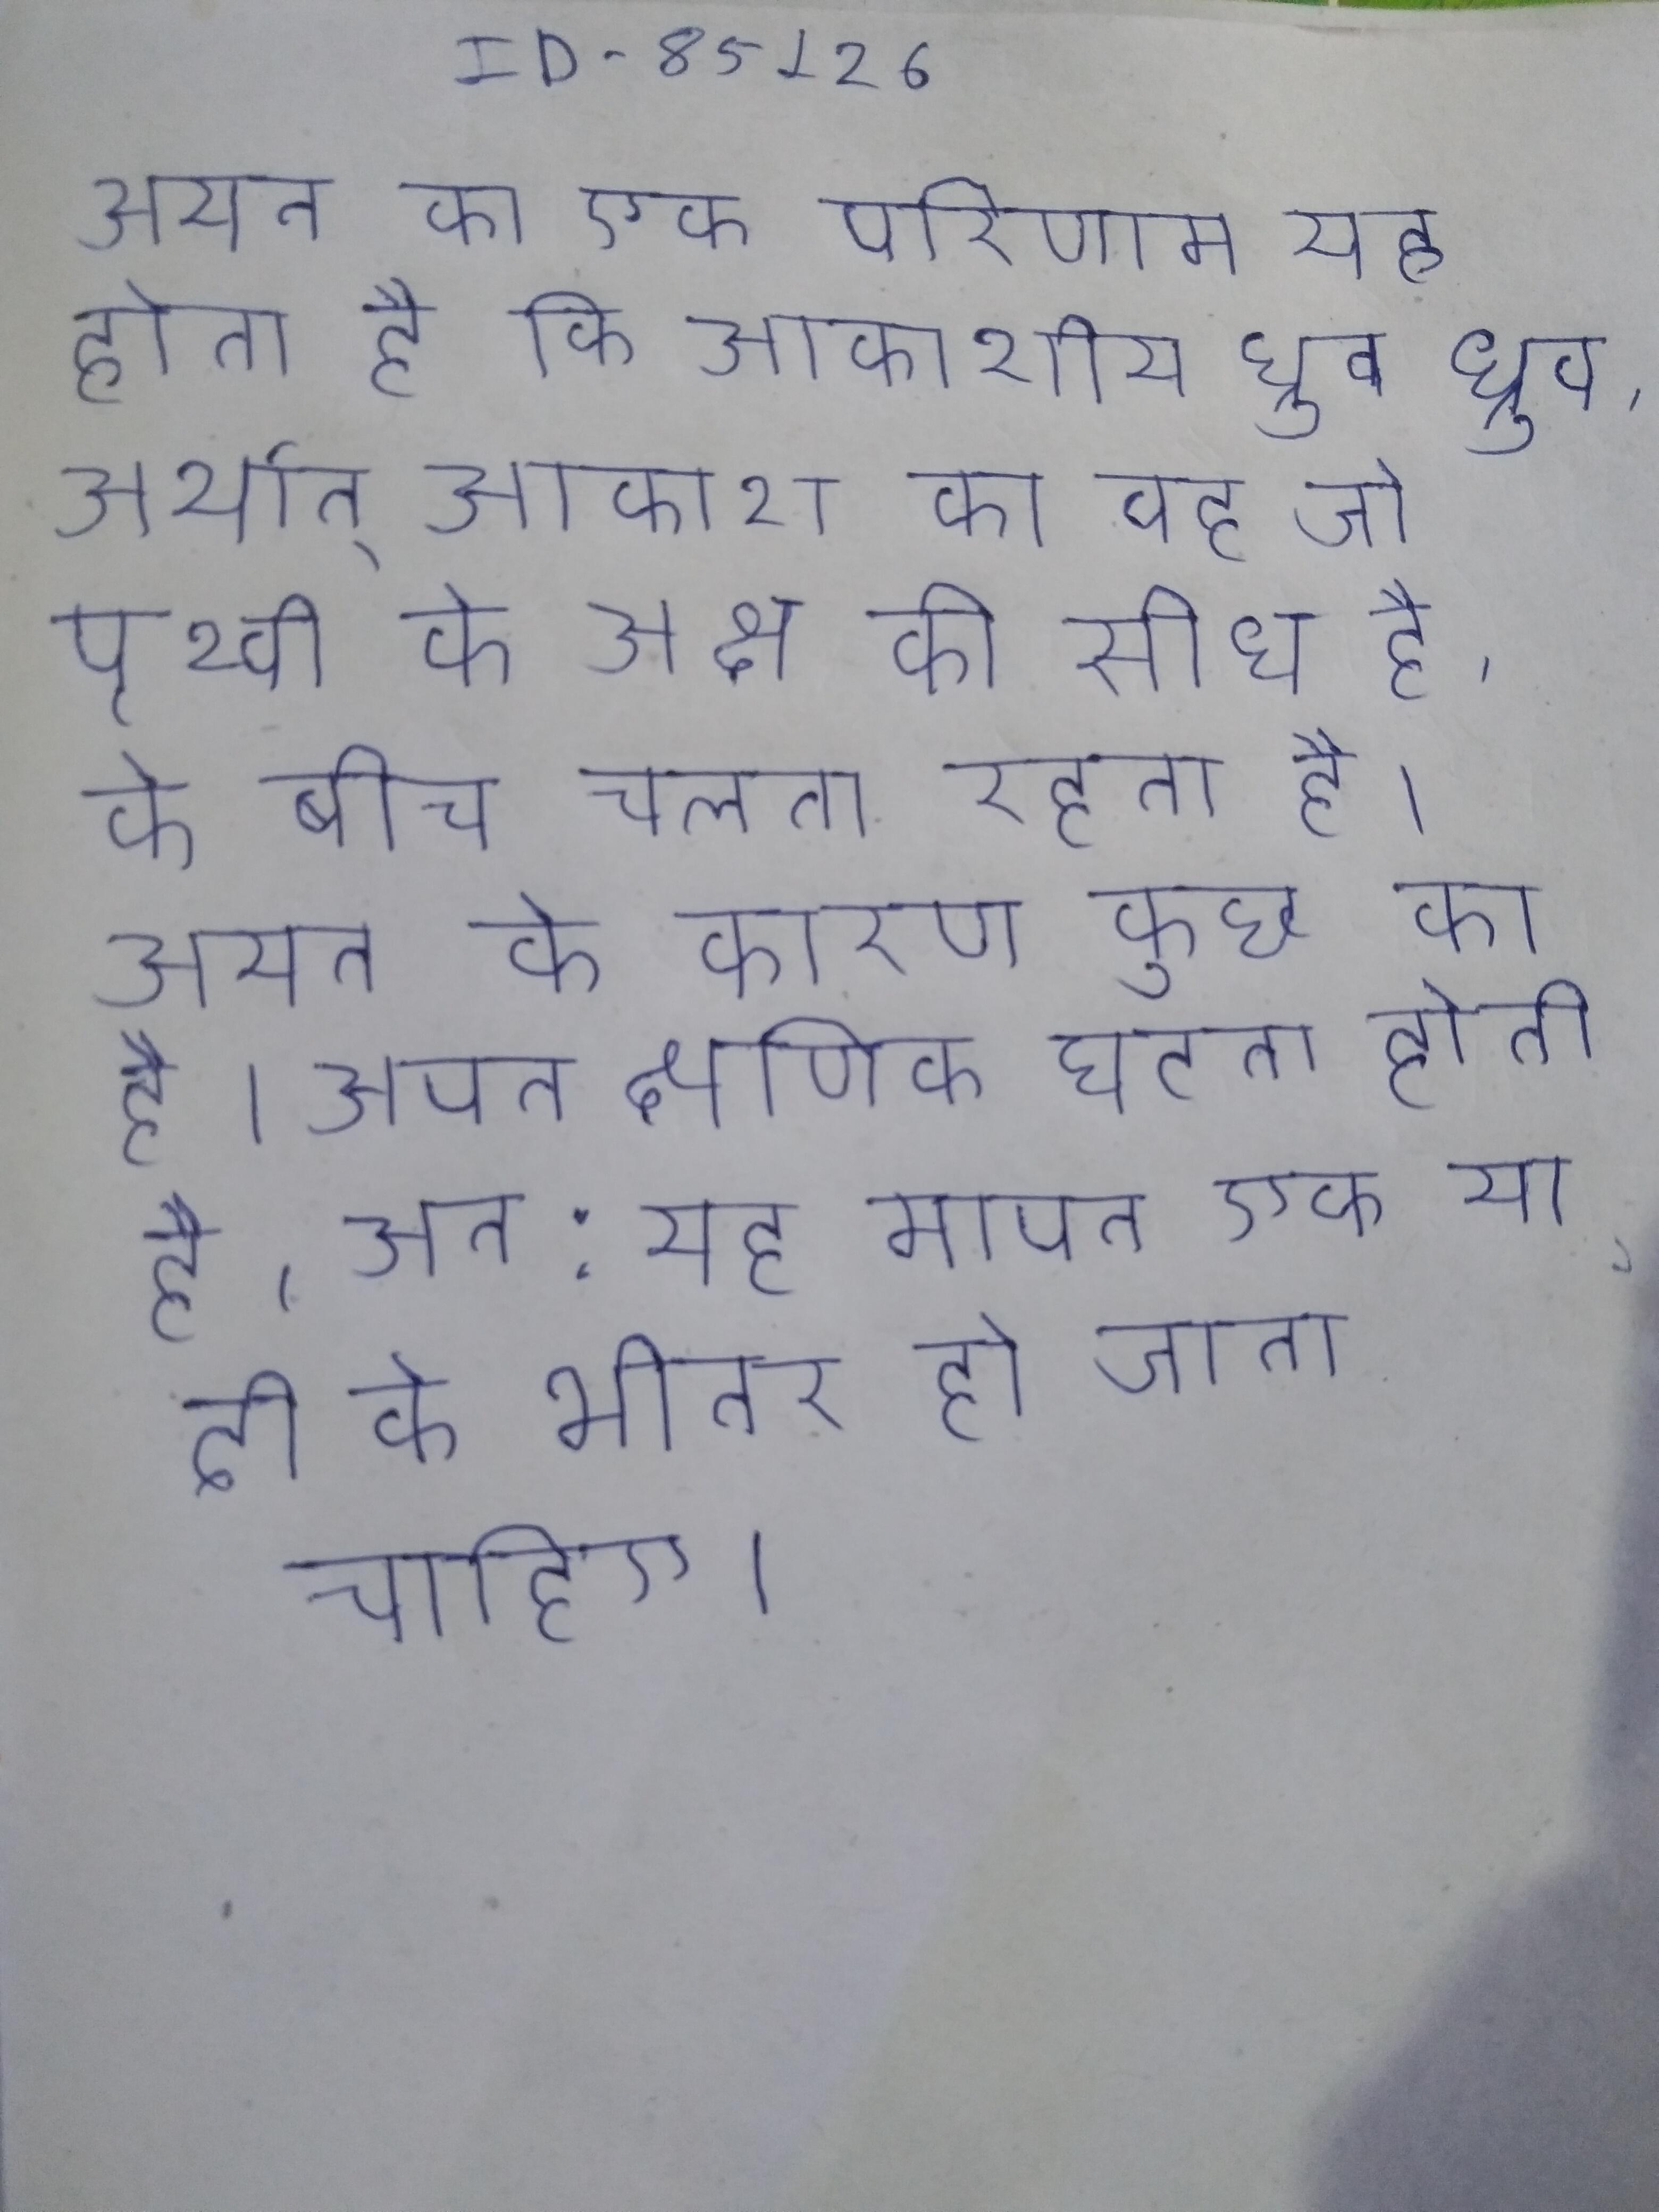
अयन का एक परिणाम यह होता है कि आकाशीय ध्रुव, अर्थात् आकाश का वह जो पृथ्वी के अक्ष की सीध है, के बीच चलता रहता है । अयन के कारण कुछ का है । अयन क्षणिक घटना होती है, अत: यह मापन एक या दो के भीतर हो जाना चाहिए ।